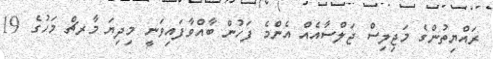
ރައްޔިތުންގެ މަޖިލިސް ޖަލްސާއެއް އެންމެ ފަހުން ބާއްވާފައިވަނީ މިދިޔަ މާރޗް މަހުގެ 19